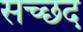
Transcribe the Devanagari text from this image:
सच्छद